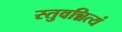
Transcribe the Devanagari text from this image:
स्तुवन्नित्यं